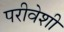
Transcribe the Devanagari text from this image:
परीवेशी